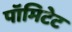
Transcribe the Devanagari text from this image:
पॉमिटेट